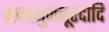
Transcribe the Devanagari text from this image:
रामानुजनूर्रदादि